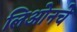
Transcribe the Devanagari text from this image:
लिओनचे